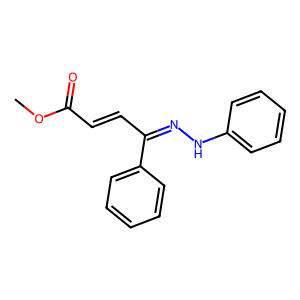
SMILES: COC(=O)C=CC(=NNc1ccccc1)c1ccccc1
Inhibits HIV replication: No